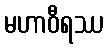
မဟာဝီရဿ